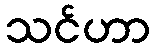
သင်ဟာ